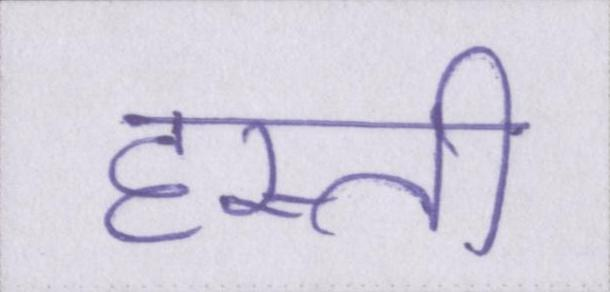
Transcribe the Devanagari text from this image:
हस्ती